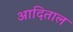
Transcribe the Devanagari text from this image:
आदिताल